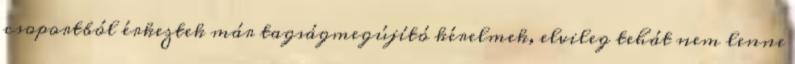
csoportból érkeztek már tagságmegújító kérelmek, elvileg tehát nem lenne